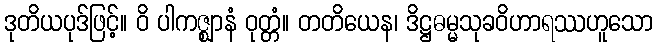
ဒုတိယပုဒ်ဖြင့်။ ဝိ ပါကဇ္ဈာနံ ဝုတ္တံ။ တတိယေန၊ ဒိဋ္ဌဓမ္မသုခဝိဟာရဿဟူသော